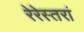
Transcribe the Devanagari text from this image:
रेरेस्तरां